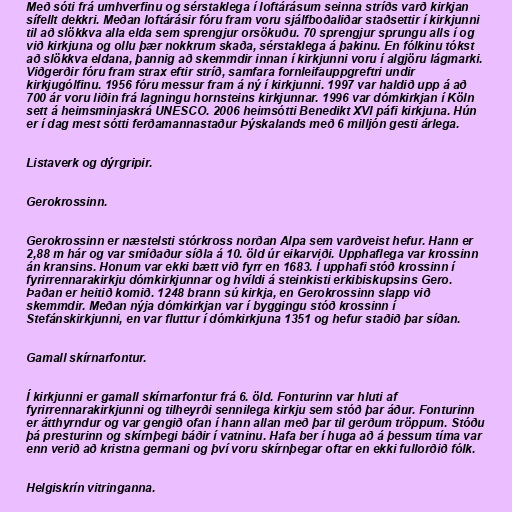
Með sóti frá umhverfinu og sérstaklega í loftárásum seinna stríðs varð kirkjan
sífellt dekkri. Meðan loftárásir fóru fram voru sjálfboðaliðar staðsettir í kirkjunni
til að slökkva alla elda sem sprengjur orsökuðu. 70 sprengjur sprungu alls í og
við kirkjuna og ollu þær nokkrum skaða, sérstaklega á þakinu. En fólkinu tókst
að slökkva eldana, þannig að skemmdir innan í kirkjunni voru í algjöru lágmarki.
Viðgerðir fóru fram strax eftir stríð, samfara fornleifauppgreftri undir
kirkjugólfinu. 1956 fóru messur fram á ný í kirkjunni. 1997 var haldið upp á að
700 ár voru liðin frá lagningu hornsteins kirkjunnar. 1996 var dómkirkjan í Köln
sett á heimsminjaskrá UNESCO. 2006 heimsótti Benedikt XVI páfi kirkjuna. Hún
er í dag mest sótti ferðamannastaður Þýskalands með 6 milljón gesti árlega.

Listaverk og dýrgripir.

Gerokrossinn.

Gerokrossinn er næstelsti stórkross norðan Alpa sem varðveist hefur. Hann er
2,88 m hár og var smíðaður síðla á 10. öld úr eikarviði. Upphaflega var krossinn
án kransins. Honum var ekki bætt við fyrr en 1683. Í upphafi stóð krossinn í
fyrirrennarakirkju dómkirkjunnar og hvíldi á steinkisti erkibiskupsins Gero.
Þaðan er heitið komið. 1248 brann sú kirkja, en Gerokrossinn slapp við
skemmdir. Meðan nýja dómkirkjan var í byggingu stóð krossinn í
Stefánskirkjunni, en var fluttur í dómkirkjuna 1351 og hefur staðið þar síðan.

Gamall skírnarfontur.

Í kirkjunni er gamall skírnarfontur frá 6. öld. Fonturinn var hluti af
fyrirrennarakirkjunni og tilheyrði sennilega kirkju sem stóð þar áður. Fonturinn
er átthyrndur og var gengið ofan í hann allan með þar til gerðum tröppum. Stóðu
þá presturinn og skírnþegi báðir í vatninu. Hafa ber í huga að á þessum tíma var
enn verið að kristna germani og því voru skírnþegar oftar en ekki fullorðið fólk.

Helgiskrín vitringanna.